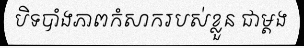
បិទបាំងភាពកំសាករបស់ខ្លួន ជាម្តង